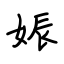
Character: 娠